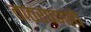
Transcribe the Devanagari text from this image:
ताठरपणाचे